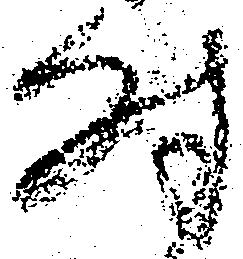
時